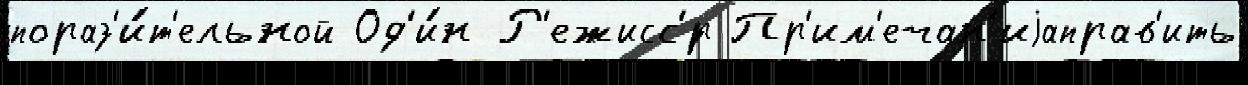
пораз'и́т'ельной Од'и́н Р'ежисс'́р Пр'им'ечан'иjаправ'ить